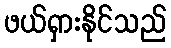
ဖယ်ရှားနိုင်သည်